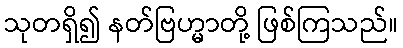
သုတရှိ၍ နတ်ဗြဟ္မာတို့ ဖြစ်ကြသည်။